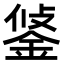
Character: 𨦷